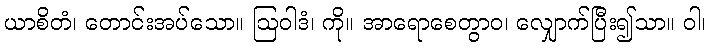
ယာစိတံ၊ တောင်းအပ်သော။ ဩဝါဒံ၊ ကို။ အာရောစေတွာဝ၊ လျှောက်ပြီး၍သာ။ ဝါ၊